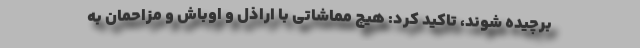
برچیده شوند، تاکید کرد: هیچ مماشاتی با اراذل و اوباش و مزاحمان به